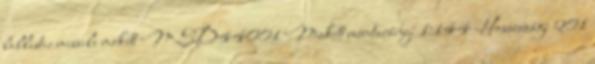
ballistic missile makett MSD44001 Makett méretarány: 1:144 Hosszúság: 201